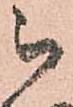
被